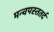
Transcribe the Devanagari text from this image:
मन्वपस्ततर्द